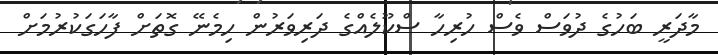
މާދަރީ ބަހުގެ ދުވަސް ވެސް ހުރިހާ ސްކޫލެއްގެ ދަރިވަރުން ހިމެނޭ ގޮތަށް ފާހަގަކުރުމަށް